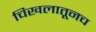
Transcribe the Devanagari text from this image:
चिखलातूनच